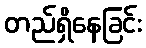
တည်ရှိနေခြင်း